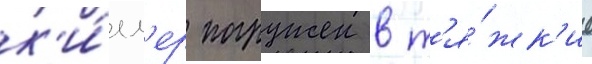
к'и́лл'ер погружен в т'я́жк'ие